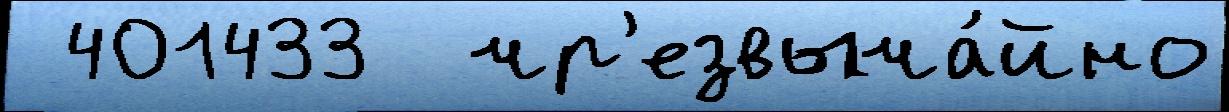
 401433  чр'езвыча́йно